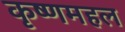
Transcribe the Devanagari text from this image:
कृष्णमहल